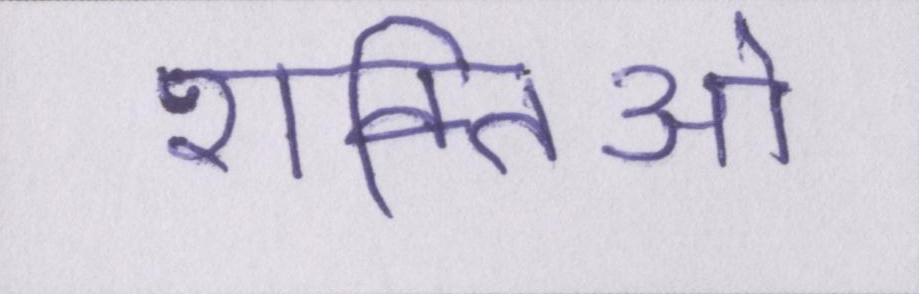
शक्तिओ